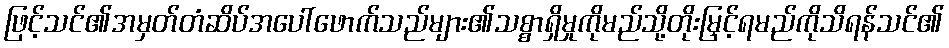
ဖြင့်သင်၏အမှတ်တံဆိပ်အပေါ်ဖောက်သည်များ၏သစ္စာရှိမှုကိုမည်သို့တိုးမြှင့်ရမည်ကိုသိရန်သင်၏